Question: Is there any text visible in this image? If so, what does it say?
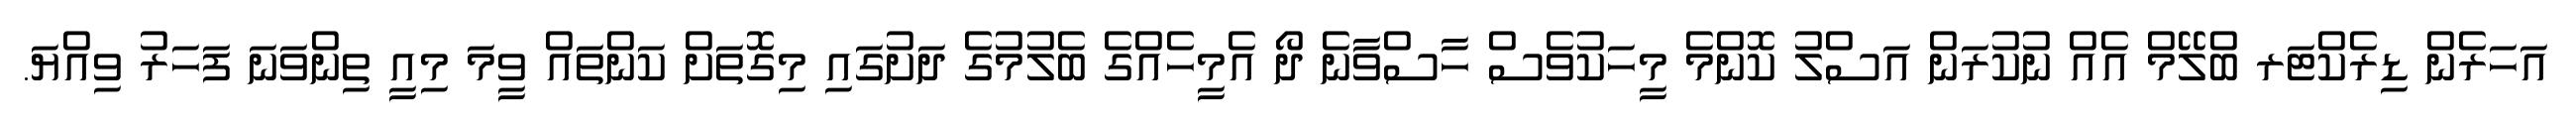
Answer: އަހަރެން ޑިރެކްޓަރ ބްލޭމް އެއް ނުކުރަން އަސްލު ކޮންމެ މީހަކުވެސް ހާސްވާނެ ދޯ އެމީހެއްގެ ބެލުމުގެ ދަށުގައި މިގޮތަށް ކަންތައް ވީމަ މިއީ ތިންވަނަ ފަހަރު ވިއްޔަ.